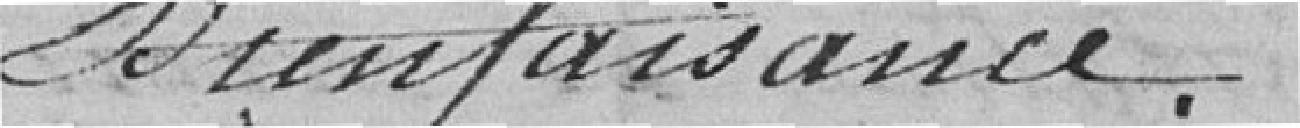
Bienfaisance.